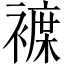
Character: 𲁂